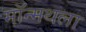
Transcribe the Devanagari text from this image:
मॉन्मथला